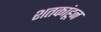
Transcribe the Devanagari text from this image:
शतकांहून